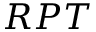
R P T